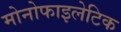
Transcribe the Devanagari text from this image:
मोनोफाइलेटिक